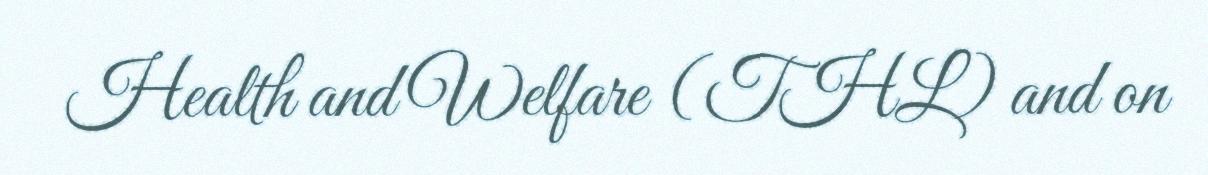
Health and Welfare (THL) and on